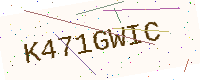
Text: K471GWIC